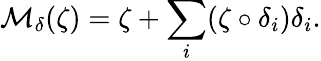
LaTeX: {\mathcal M}_{\delta}(\zeta)=\zeta+\sum_{i}(\zeta\circ\delta_{i})\delta_{i}.